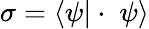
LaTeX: \sigma=\langle\psi|\cdot\; \psi\rangle